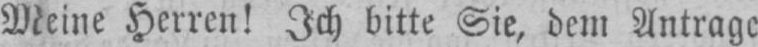
Meine Herren! Ich bitte Sie, dem Antrage